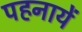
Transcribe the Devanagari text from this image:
पहनायें